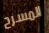
المسرح